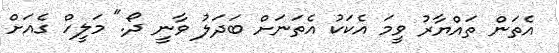
އެތަން ތައްޔާރު ވީމަ އެކަކު އެތަނަށް ބަދަލު ވާނީ ދޯ." މަލީހް ގެއަށް